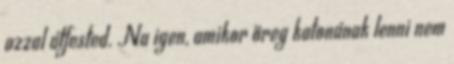
azzal átfested. Na igen, amikor öreg katonának lenni nem